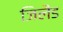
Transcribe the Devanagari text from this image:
जिलैंड